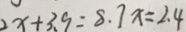
2 x + 3 . 9 = 8 . 7 x = 2 . 4